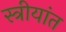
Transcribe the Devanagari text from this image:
स्त्रीयांत